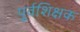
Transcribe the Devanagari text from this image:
पूर्वशिक्षक